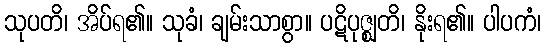
သုပတိ၊ အိပ်ရ၏။ သုခံ၊ ချမ်းသာစွာ။ ပဋိပုဇ္ဈတိ၊ နိုးရ၏။ ပါပကံ၊